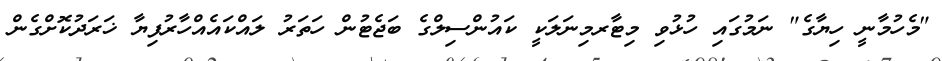
"މެހުމާނީ ހިޔާގެ" ނަމުގައި ހުޅުވި މިޓާރމިނަލަކީ ކައުންސިލްގެ ބަޖެޓުން ހަތަރު ލައްކައެއްހާރުފިޔާ ޚަރަދުކޮށްގެން